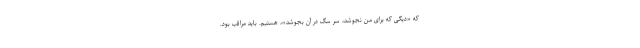
که «دیگی که برای من نجوشد، سر سگ در آن بجوشد»، هستیم. باید مراقب بود.